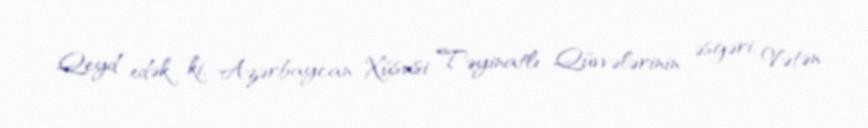
Qeyd edək ki, Azərbaycan Xüsusi Təyinatlı Qüvvələrinin əsgəri, Vətən